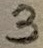
Text: 3